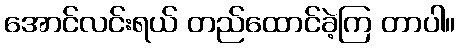
အောင်လင်းရယ် တည်ထောင်ခဲ့ကြ တာပါ။